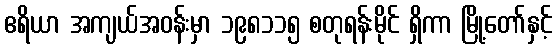
ဧရိယာ အကျယ်အဝန်းမှာ ၁၉၈၁၁၅ စတုရန်းမိုင် ရှိကာ မြို့တော်နှင့်